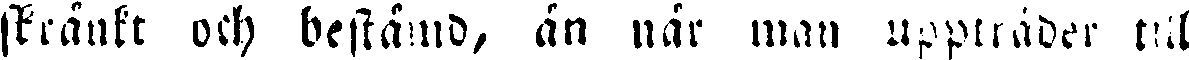
skränkt och bestämd, än när man uppträder till